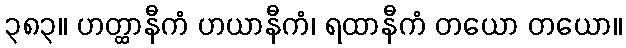
၃၈၃။ ဟတ္ထာနီကံ ဟယာနီကံ၊ ရထာနီကံ တယော တယော။